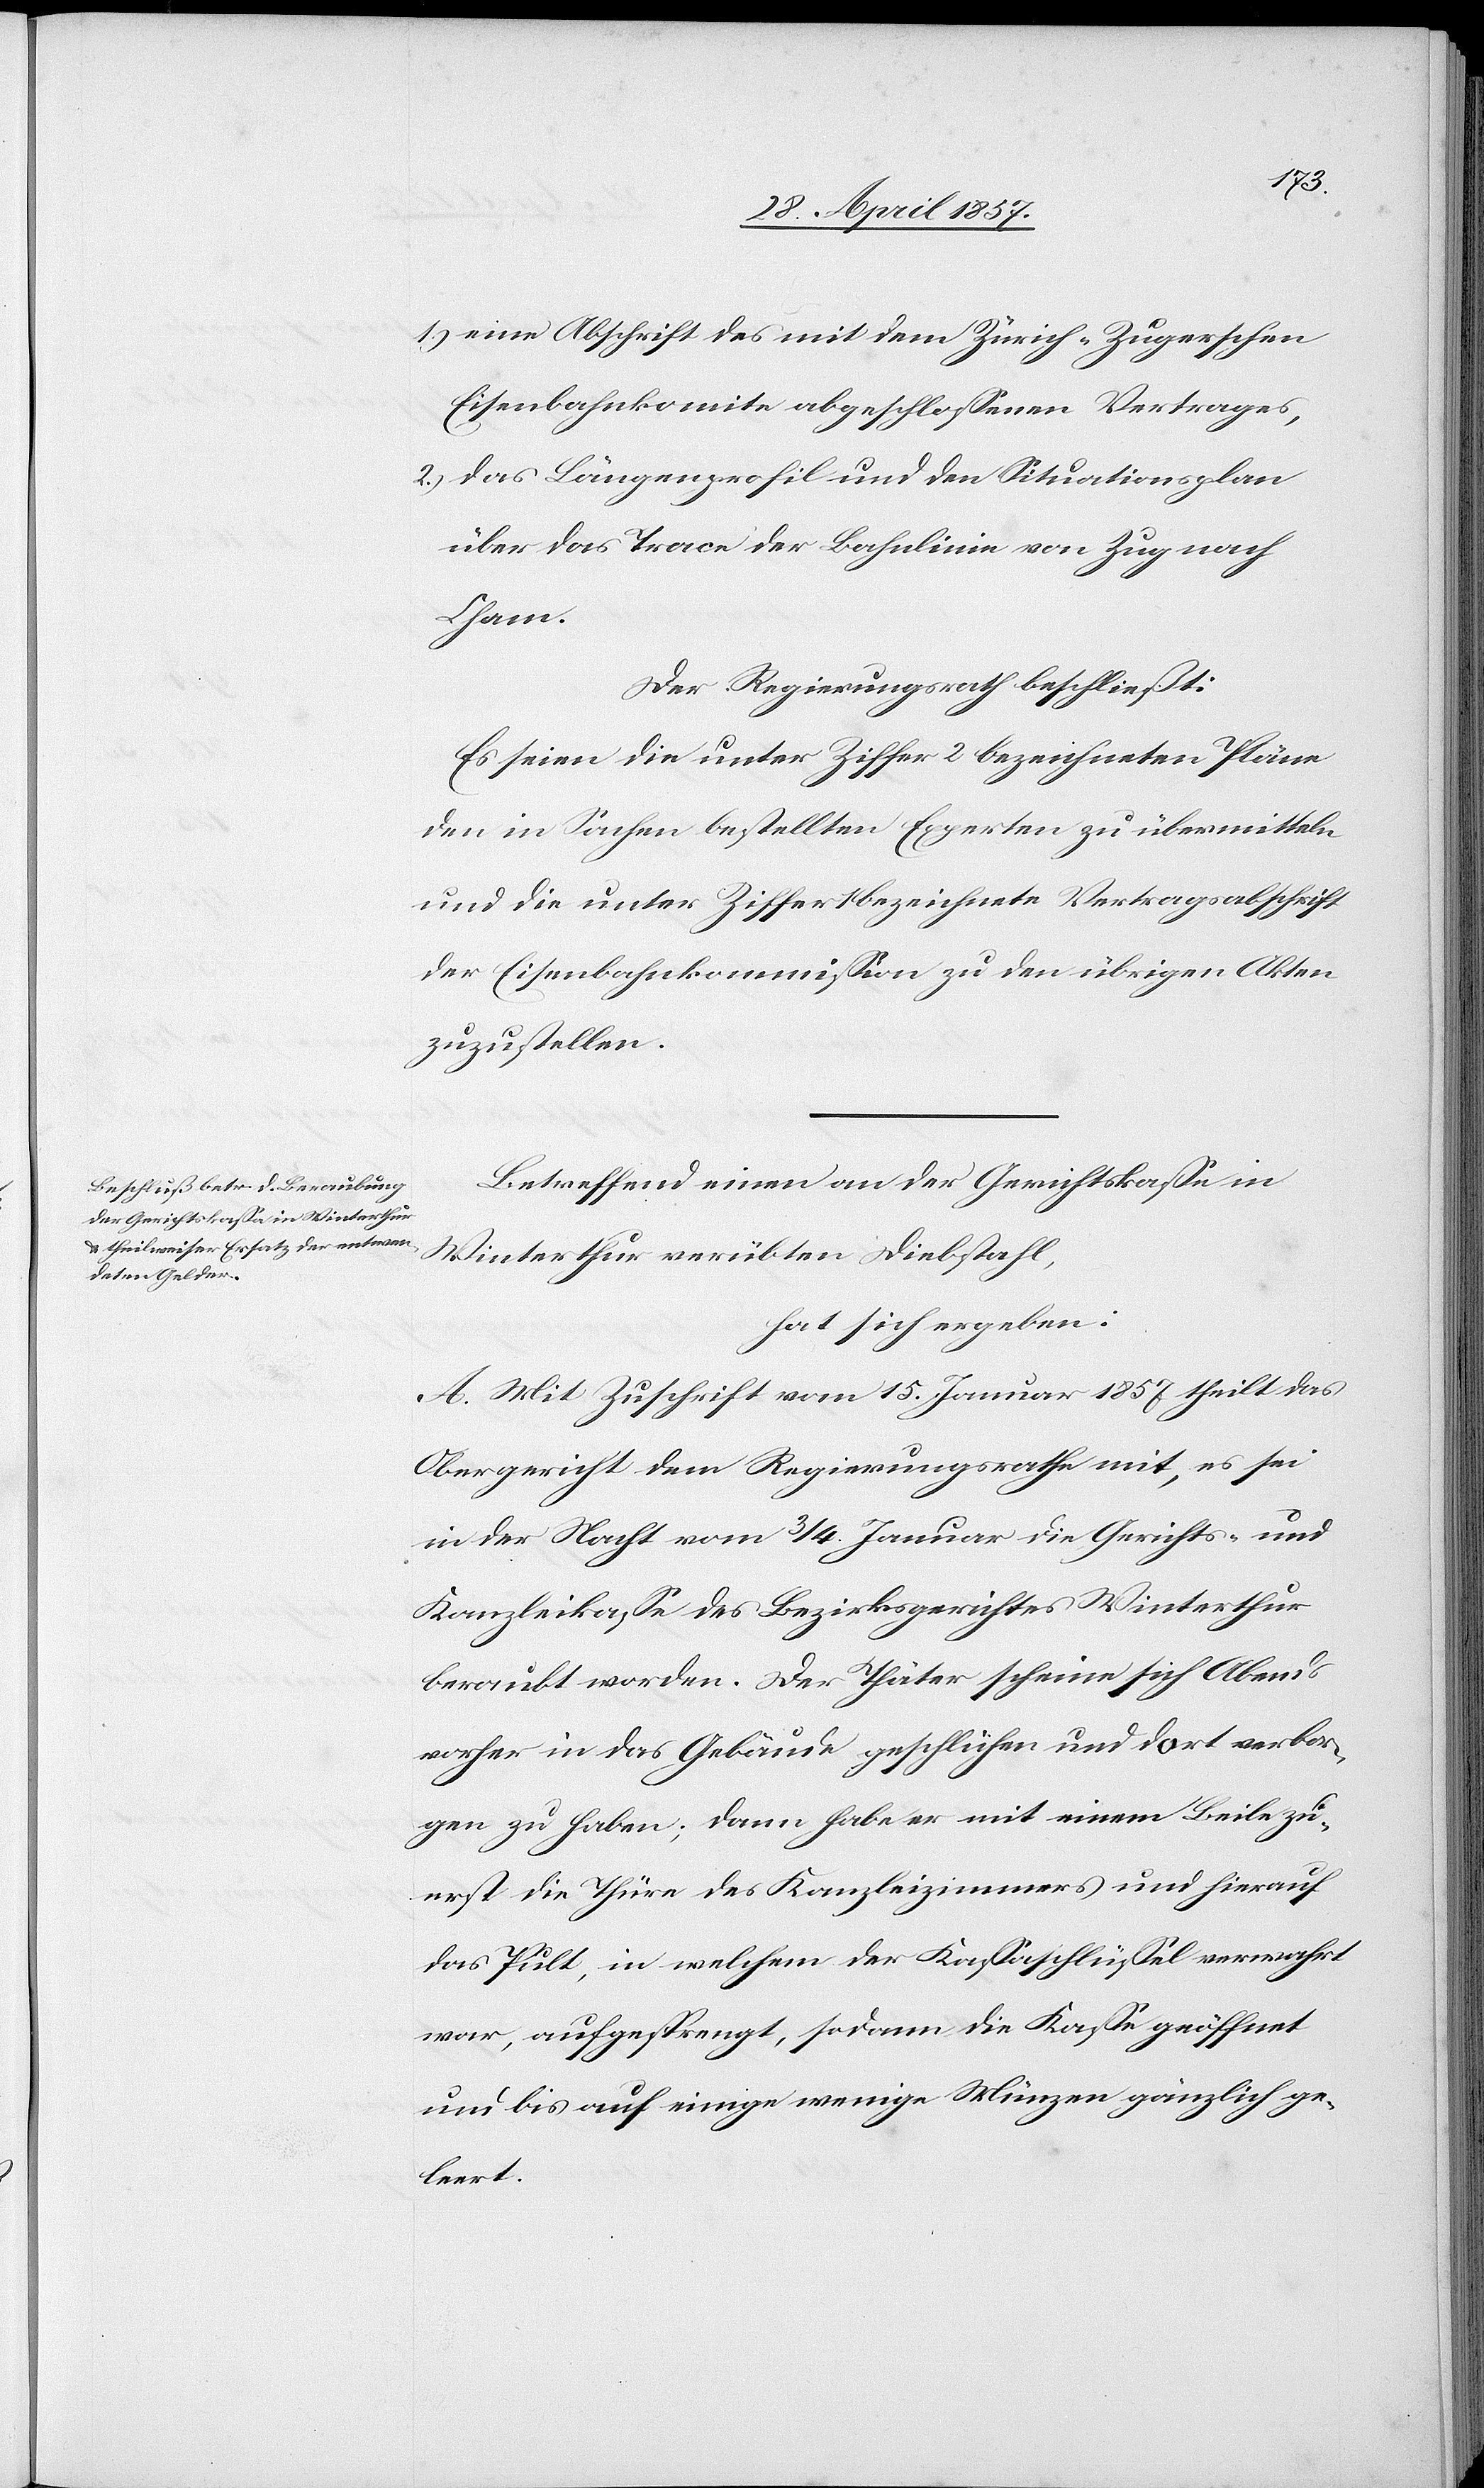
1.) eine Abschrift des mit dem Zürich-Zugerschen
Eisenbahnkomite abgeschloßenen Vertrages,
2.) das Längenprofil und den Situationsplan
über das Trace der Bahnlinie von Zug nach
Cham.
Der Regierungsrath beschließt:
Es seien die unter Ziffer 2 bezeichneten Pläne
den in Sachen bestellten Experten zu übermitteln
und die unter Ziffer 1 bezeichnete Vertragsabschrift
der Eisenbahnkommißion zu den übrigen Akten
zuzustellen.
Betreffend einen an der Gerichtskaße in
Winterthur verübten Diebstahl,
hat sich ergeben:
A. Mit Zuschrift vom 15 Januar 1857 theilt das
Obergericht dem Regierungsrathe mit, es sei
in der Nacht vom 3/4 Januar die Gerichts- und
Kanzleikaßa des Bezirksgerichtes Winterthur
beraubt worden. Der Thäter scheine sich Abends
vorher in das Gebäude geschlichen und dort verbor¬
gen zu haben; dann habe er mit einem Beile zu¬
erst die Thürme des Kanzleizimmers und hierauf
das Pult, in welchem der Kaßaschlüßel verwahrt
war, aufgesprengt, sodann die Kaße geöffnet
und bis auf einige wenige Münzen gänzlich ge¬
leert.